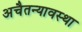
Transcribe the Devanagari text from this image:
अचैतन्यावस्था